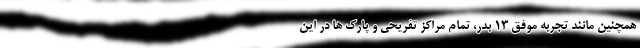
همچنین مانند تجربه موفق 13 بدر، تمام مراکز تفریحی و پارک ها در این